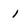
Character: i